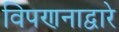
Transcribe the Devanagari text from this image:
विपणनाद्वारे